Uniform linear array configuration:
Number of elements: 64
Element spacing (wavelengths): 1
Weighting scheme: hamming
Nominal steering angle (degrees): -30
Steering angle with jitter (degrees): -31.167
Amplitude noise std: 0.05
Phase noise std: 0.05

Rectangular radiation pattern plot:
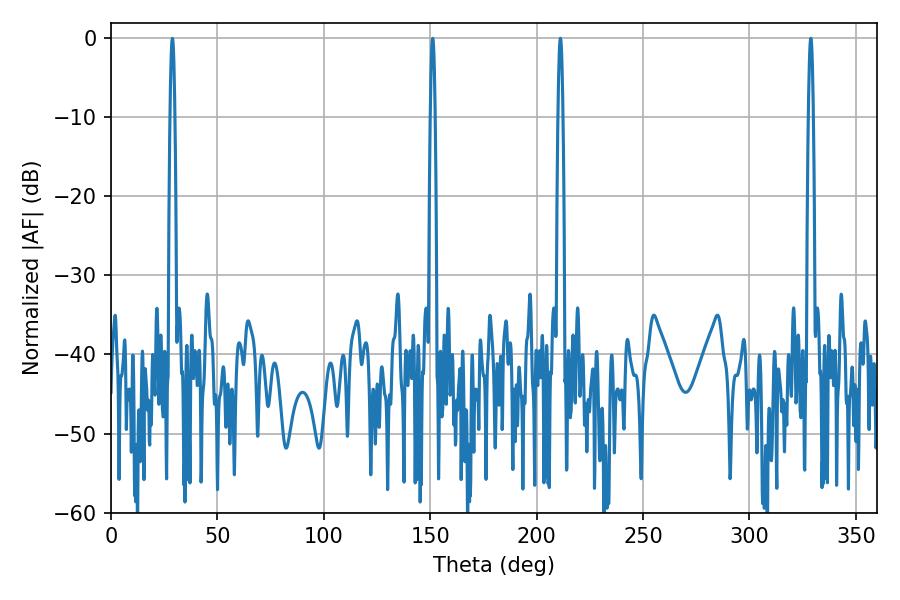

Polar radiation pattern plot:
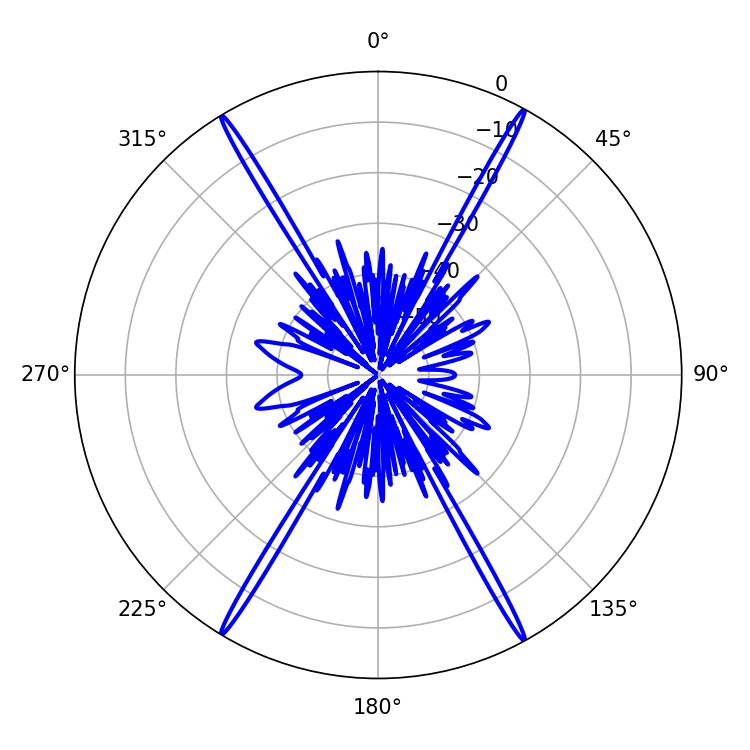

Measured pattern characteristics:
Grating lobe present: TRUE
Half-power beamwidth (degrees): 1.08
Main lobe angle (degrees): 211.14